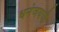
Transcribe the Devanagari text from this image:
धनंजयची